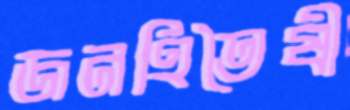
জনহিতৈষী